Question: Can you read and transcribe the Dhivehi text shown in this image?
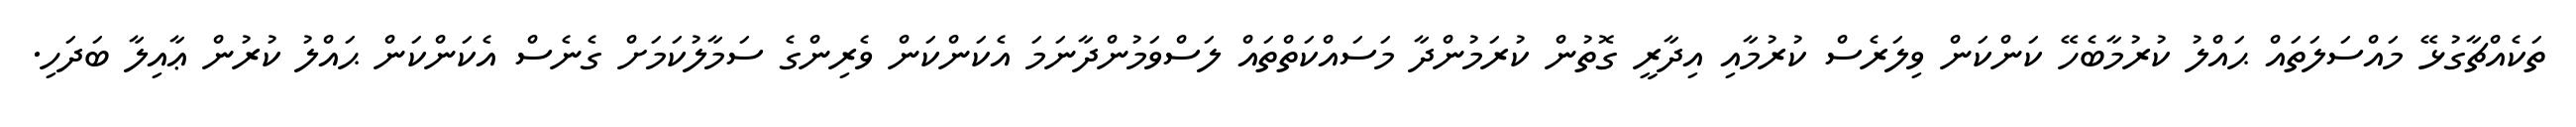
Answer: ތަކެއްޗާގުޅޭ މައްސަލަތައް ޙައްލު ކުރުމާބެހޭ ކަންކަން ވިލަރެސް ކުރުމާއި އިދާރީ ގޮތުން ކުރަމުންދާ މަސައްކަތްތައް ލަސްވަމުންދާނަމަ އެކަންކަން ވެރިންގެ ސަމާލުކަމަށް ގެނެސް އެކަންކަން ޙައްލު ކުރުން ޢާއިލާ ބަދަހި.